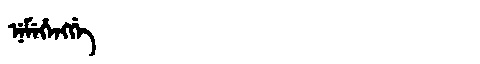
Manchu: ᠨᡝᠮᡝᡥᡝᠩᡤᡝ
Romanization: NEMEHENGGE